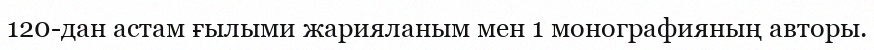
120-дан астам ғылыми жарияланым мен 1 монографияның авторы.